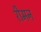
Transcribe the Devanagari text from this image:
रीमन